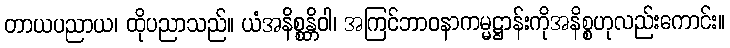
တာယပညာယ၊ ထိုပညာသည်။ ယံအနိစ္စန္တိဝါ၊ အကြင်ဘာဝနာကမ္မဋ္ဌာန်းကိုအနိစ္စဟုလည်းကောင်း။